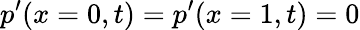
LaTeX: p^{\prime}(x=0,t)=p^{\prime}(x=1,t)=0